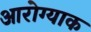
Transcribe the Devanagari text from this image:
आरोग्याक